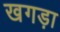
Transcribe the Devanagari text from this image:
खगड़ा